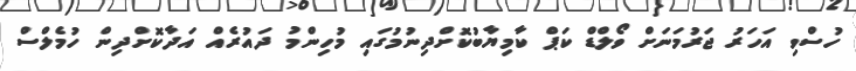
ހުސްވި އަހަރު ޖަރުމަނަށް ވޯލްޑް ކަޕް ކާމިޔާބުކޮށްދިނުމުގައި މުހިންމު ދައުރެއް އަދާކޮށްދިން ހުމެލްސް